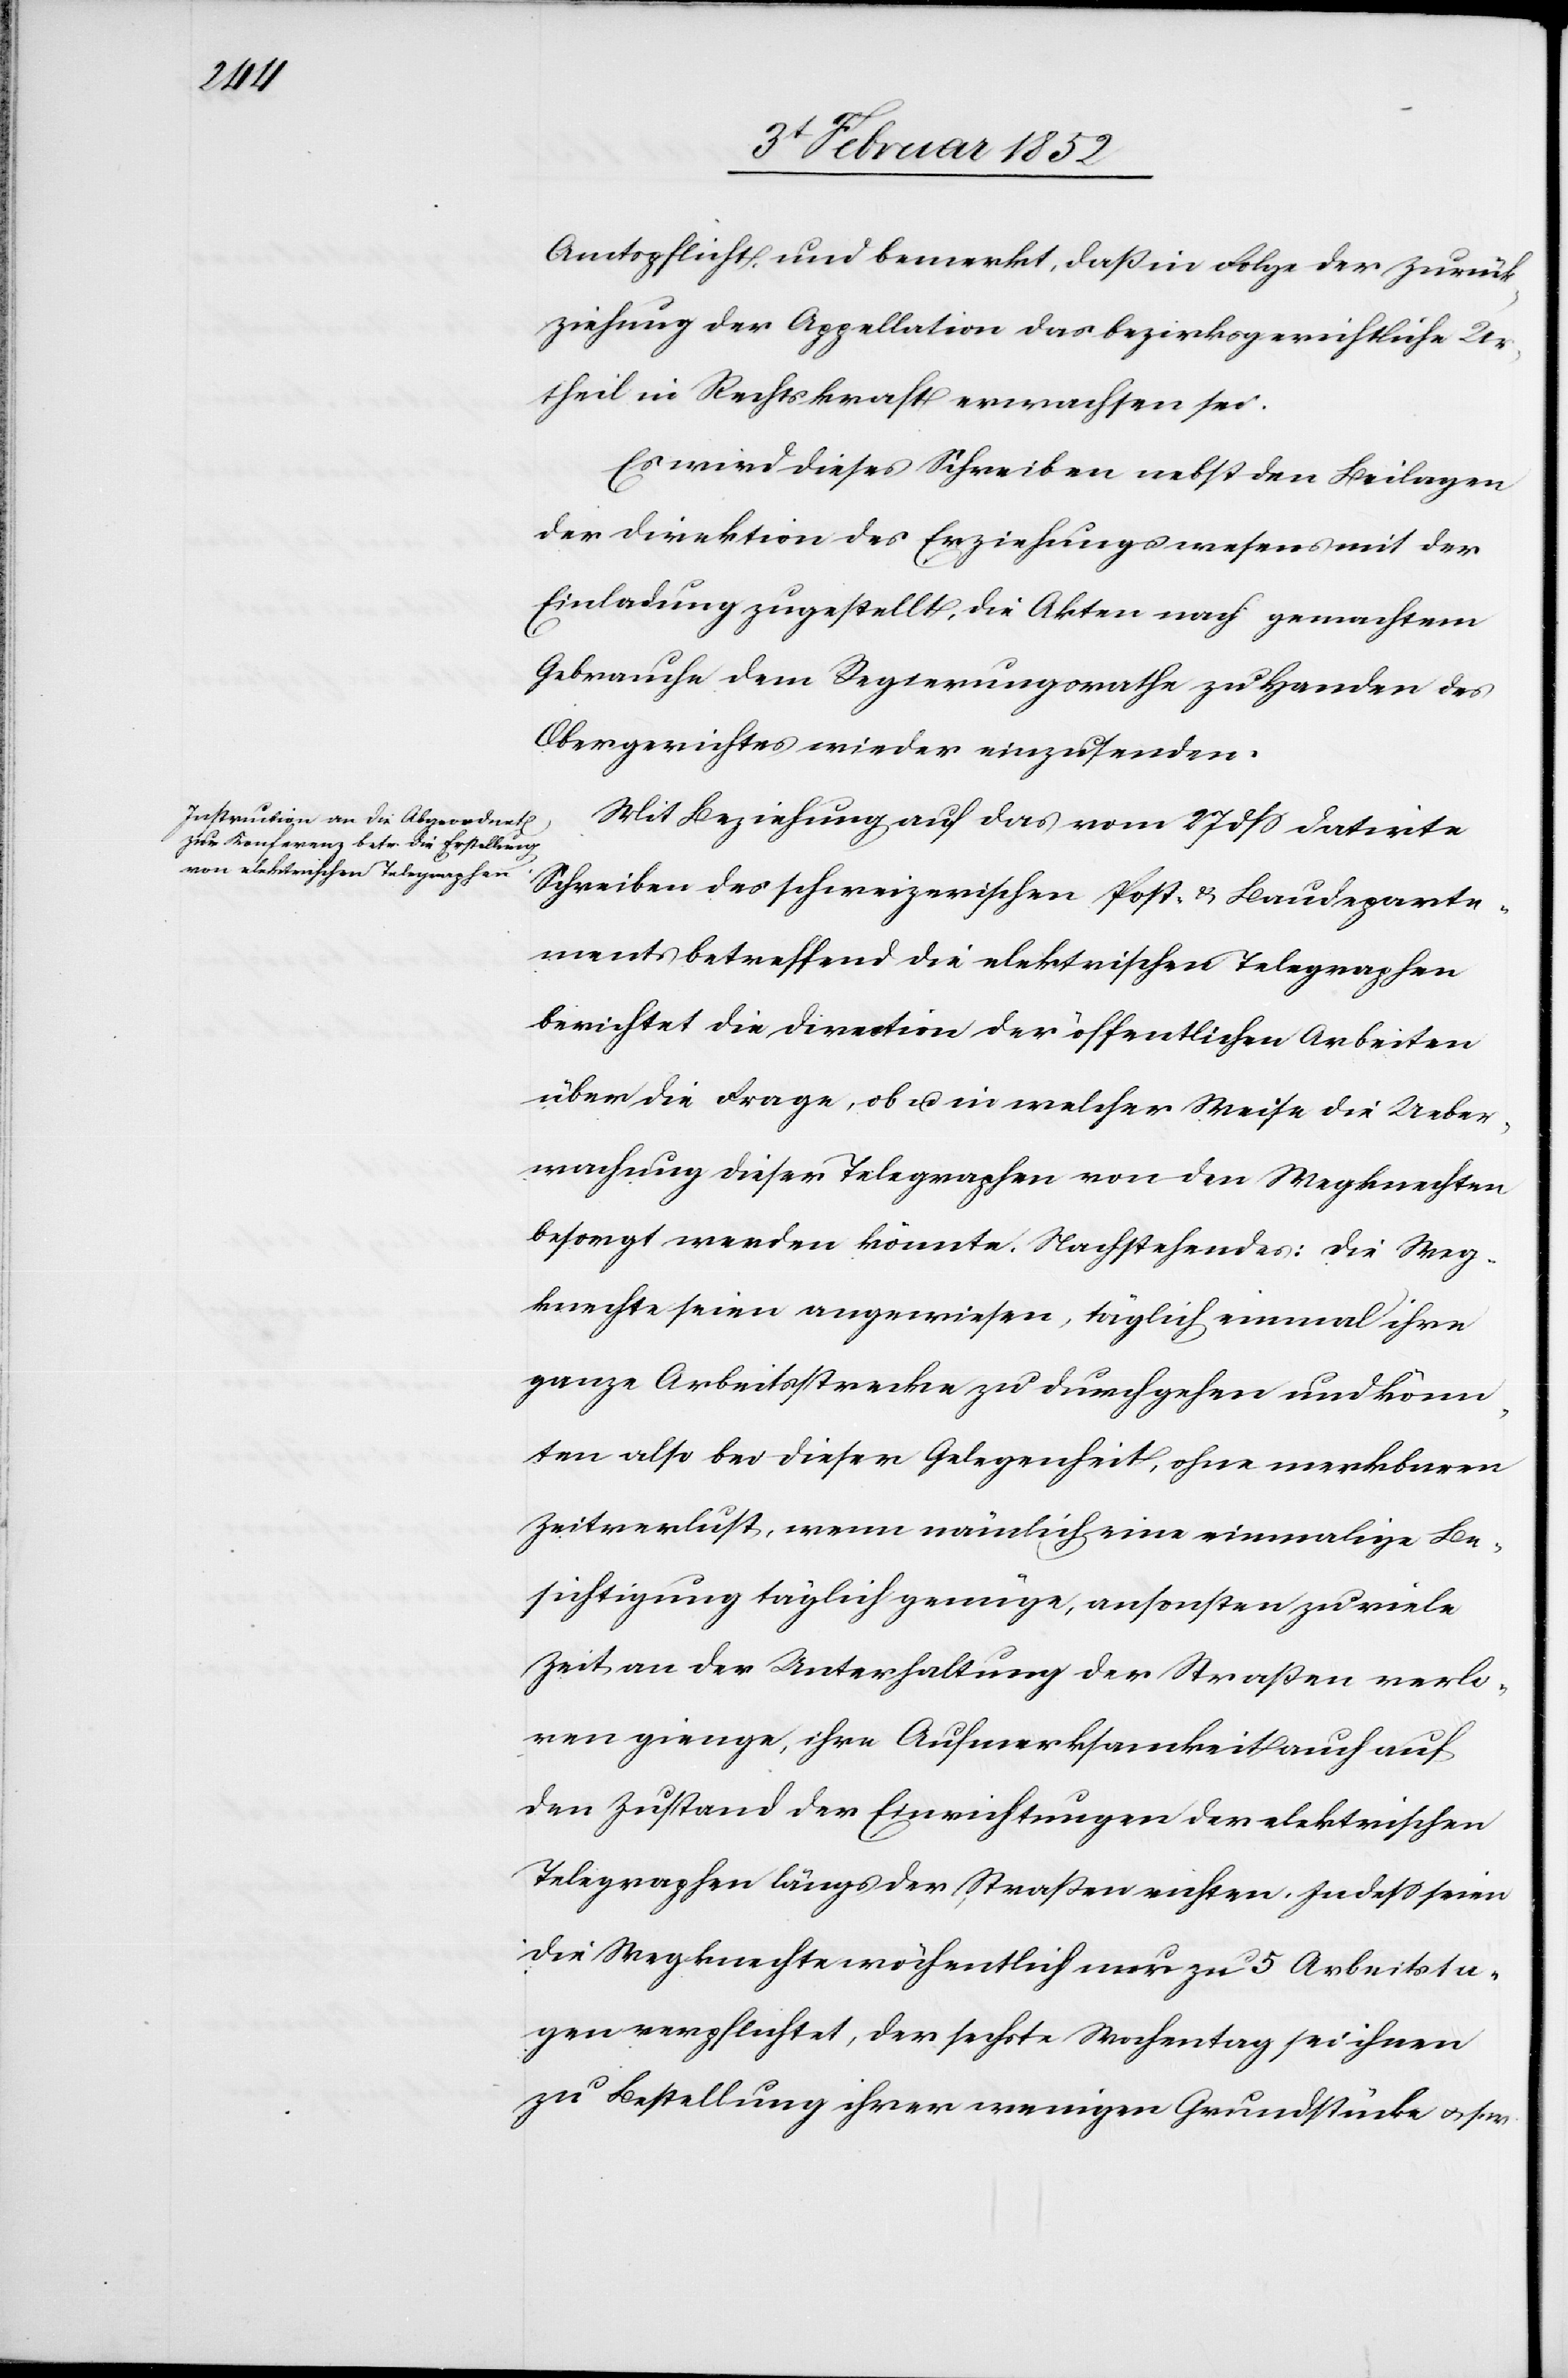
Amtspflicht und bemerkt, daß in Folge der Zurück¬
ziehung der Appellation das bezirksgerichtliche Ur¬
theil in Rechtskraft erwachsen sei.
Es wird dieses Schreiben nebst den Beilagen
der Direktion des Erziehungswesens mit der
Einladung zugestellt, die Akten nach gemachtem
Gebrauche dem Regierungsrathe zu Handen des
Obergerichtes wieder einzusenden.
Mit Beziehung auf das vom 27 dß datirte
Schreiben des schweizerischen Post- u. Baudeparte¬
ments betreffend die elektrischen Telegraphen
berichtet die Direktion der öffentlichen Arbeiten
über die Frage, ob u. in welcher Weise die Ueber¬
machung dieser Telegraphen von den Wegknechten
besorgt werden könnte Nachstehendes: Die Weg¬
knechte seien angewiesen, täglich einmal ihre
ganze Arbeitsstrecke zu durchgehen und könn¬
ten also bei dieser Gelegenheit, ohne merkbaren
Zeitverlust, wenn nämlich eine einmalige Be¬
sichtigung täglich genüge, ansonsten zu viele
Zeit an der Unterhaltung der Straßen verlo¬
ren gienge, ihre Aufmerksamkeit auch auf
den Zustand der Errichtungen der elektrischen
Telegraphen längs der Straßen richten. Indeß seien
die Wegknechte wöchentlich nur zu 5 Arbeitsta¬
gen verpflichtet, der sechste Wochentag sei ihnen
zu Bestellung ihrer wenigen Grundstücke u. s.